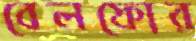
বেলফোর